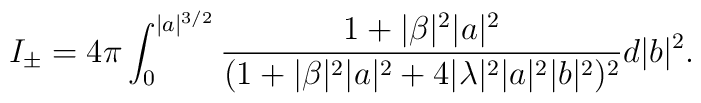
I_{\pm} = 4\pi \int_0^{\vert a\vert ^{3/2}}  \frac{1+\vert\beta\vert^2\vert a \vert ^2}{(1+\vert\beta\vert^2\vert a\vert ^2 + 4\vert\lambda\vert ^2 \vert a\vert ^2 \vert b\vert^2)^2}d\vert b\vert ^2.